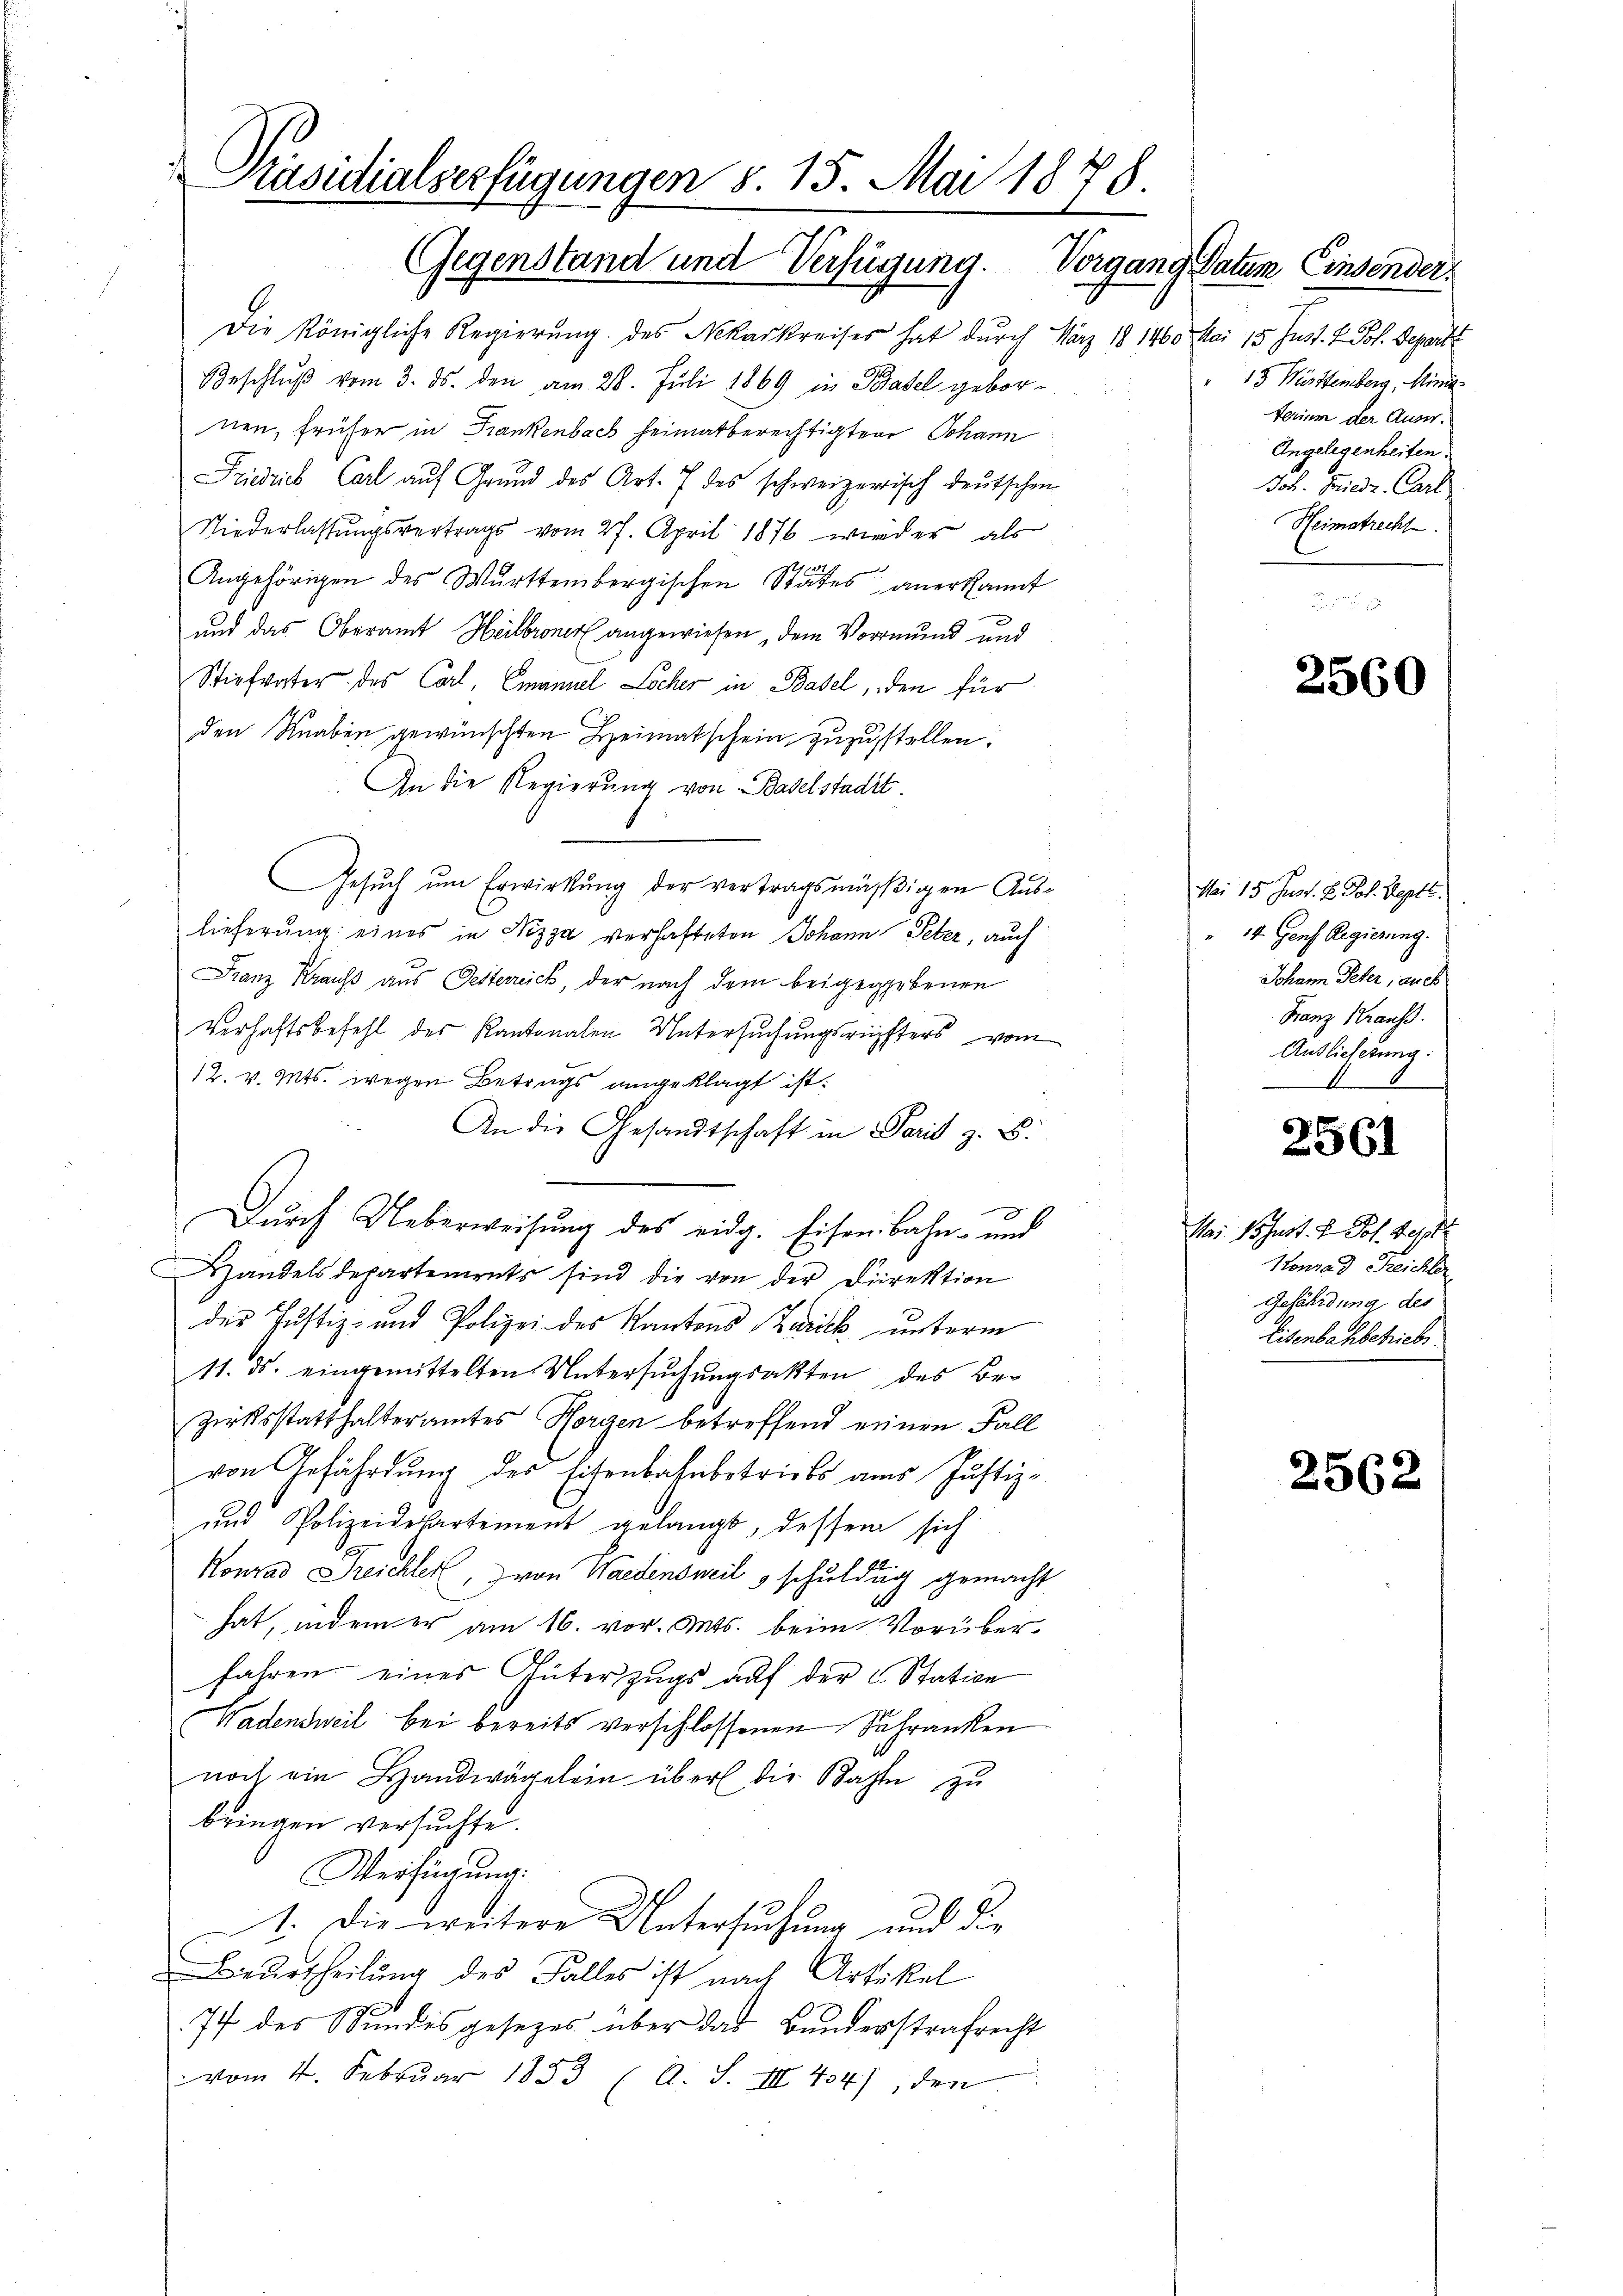
Präsidialserfügungen S. 15. Mai 1878.
Gegenstand und Verfügung.
Vorgang Datum Einsender

Die Königliche Regierung des Mekarkreises hat durch März 18 1460 Mai 15. Just. V. Pol. Departe
Beschlŭβ vom 3. ds. den am 28. Juli 1869 in Basel gebornen, früher in Frankenbach heimatberechtigten Johann
Friedrich Carl auf Grund des Art. 7 des schweizerisch deutschen
Niederlassungsvertrags vom 27. April 1876 wird er als
Angehörigen des Württembergischen States anerkannt
und das Oberamt Heilbroner angewiesen, dem Vormund und
Stiefvater des Carl, Emanuel Locher in Basel, den für
den Knaben gewünschten Heimatschein zuzustellen:
An die Regierung von Baselstadt.
Gesŭch ŭm Erwirkŭng der vertragsmäβigen Aus-
lieferung eines in Nizza verhafteten Johann Peter, auch
Franz Kraus aus Seiterreich, der nach dem beigegebenen
Verhaftsbefehl des Kantonalen Untersuchungsrüfters vom
12. v. Mts. wegen Betrags angeklagt ist.
An die Gesandtschaft in Paris z. B.
Durch Ueberweisung des eidg. Eisenbahn- und
i
Handelsdepartements sind die von der Direktion
der Justiz- und Polizei des Kantons Zurick unterm
11. ds. eingemittelten Untersŭchŭngsakten des Ber
zirksstatthalteramtes Horgen betreffend einen Fall
von Gefährdung des Eisenbahnbetriebs aus Justiz-
und Polizeidepartement gelangt, dessen sich
Konrad Freichler, von Wiedensweil schuldig gemacht
hat, indem er am 16. vor. Mts. beim Vorüberfahren eines Güterzugs auf der C. Station
Wadensweil bei bereits verschlossenen Schranken
noch ein Handwägelein über die Bahn zŭ
bringen versuchte.
Verfügung.
1. Die weitere Untersuchung und die
Beurtheilung des Falles ist nach Artikel
77 des Stundesgesezes über das Bundesstrafrecht
vom 4. Febrŭar 1853 ( A. S. III 434), den

13 Württemberg, Minig
Ferien der Auser.
Angelegenheiten.
Joh. Friedr. Carl
Heimatrecht.

2560

Mai 15. Just. H. Joh. Septe.
" 14. Genf Regierung.
Johann Peter, auch
Franz Krauss
Auslieferung.
E

2561

Na: Wohnst. H. Jos. Sept
Konrad Reichter
Gefährdung des
Eisenbachbetrieb.

2562